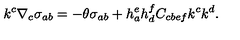
k ^ { c } \nabla _ { c } \sigma _ { a b } = - \theta \sigma _ { a b } + h _ { a } ^ { e } h _ { d } ^ { f } C _ { c b e f } k ^ { c } k ^ { d } .